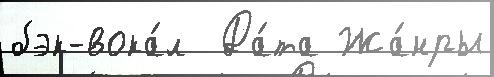
бэк-вока́л  Да́та Жа́нры